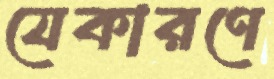
যেকারণে